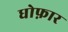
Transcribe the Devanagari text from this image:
धोफ़ार